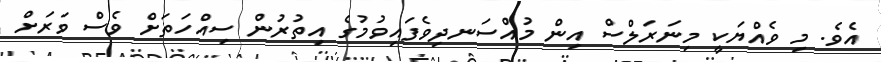
އެވެ. މި ވެއްޔަކީ މިނަރަލްސް އިން މުއްސަނދިވެފައިވުމުގެ އިތުރުން ސިއްހަތަށް ވެސް ވަރަށް